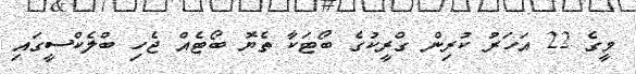
މީގެ 22 އަހަރު ކުރިން ގްރީކުގެ ބޯޓަކާ ތެޔޮ ބޯޓެއް ޖެހި ބްލެކްސީގައި